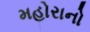
મહોરાનો